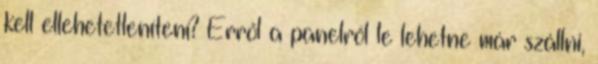
kell ellehetetleníteni? Erről a panelről le lehetne már szállni,